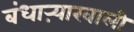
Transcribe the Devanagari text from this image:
बंधाऱ्याखाली